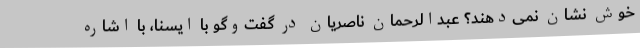
خوش نشان نمی‌دهند؟ عبدالرحمان ناصریان در گفت‌وگو با ایسنا، با اشاره